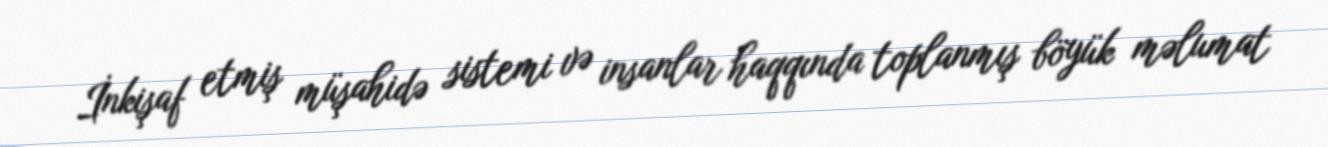
İnkişaf etmiş müşahidə sistemi və insanlar haqqında toplanmış böyük məlumat